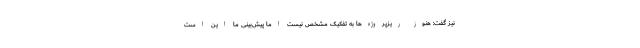
نیز گفت: هنوز ریزپروژه‌ها به تفکیک مشخص نیست اما پیش‌بینی ما این است